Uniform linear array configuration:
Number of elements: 4
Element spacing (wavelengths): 1
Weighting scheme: hamming
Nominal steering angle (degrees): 15
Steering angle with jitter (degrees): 15.414
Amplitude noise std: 0.05
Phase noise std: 0.05

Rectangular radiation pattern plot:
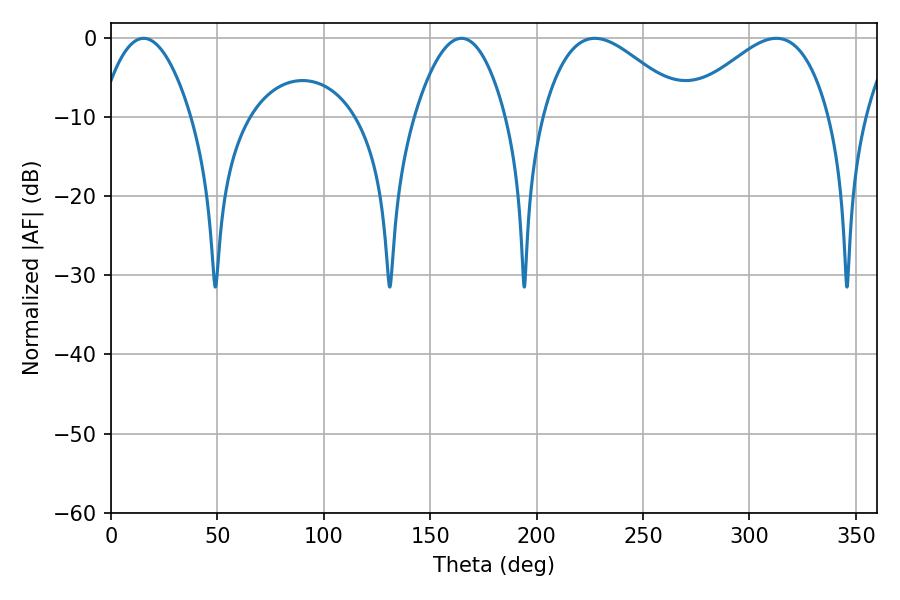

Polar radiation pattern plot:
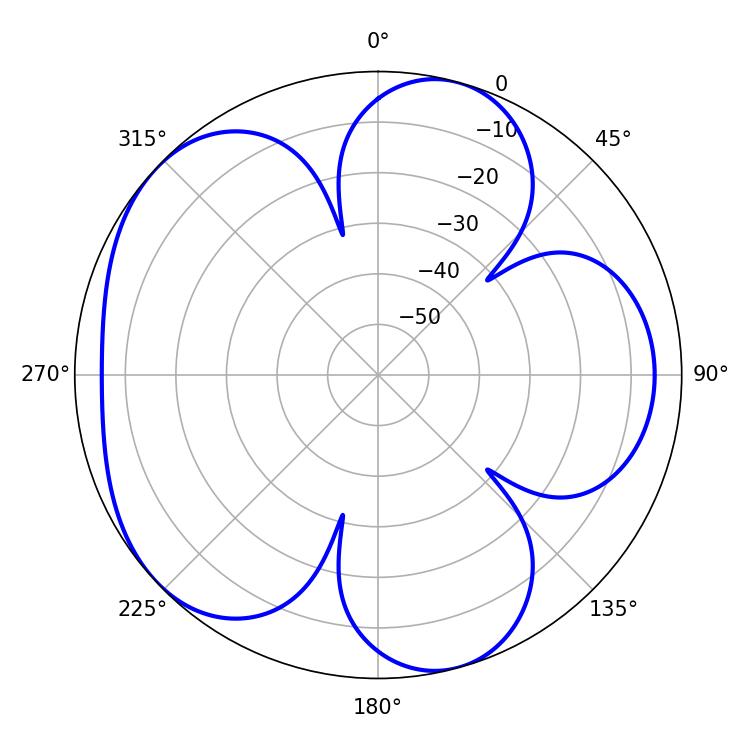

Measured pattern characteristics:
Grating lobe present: TRUE
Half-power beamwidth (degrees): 36.36
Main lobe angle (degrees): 227.34